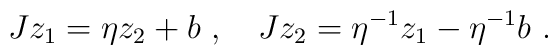
Jz_1=\eta z_2+b~,~~~Jz_2=\eta^{-1} z_1-\eta^{-1} b~.